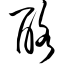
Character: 酪